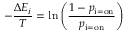
- { \frac { \Delta E _ { i } } { T } } = \ln \left( { \frac { 1 - p _ { \mathrm { i = o n } } } { p _ { \mathrm { i = o n } } } } \right)